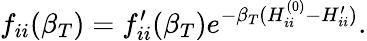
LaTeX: f_{ii}(\beta_{T})=f_{ii}^{\prime}(\beta_{T})e^{-\beta_{T}(H_{ii}^{(0)}-H_{ii}^{\prime})}.